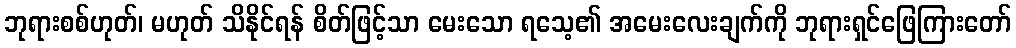
ဘုရားစစ်ဟုတ်၊ မဟုတ် သိနိုင်ရန် စိတ်ဖြင့်သာ မေးသော ရသေ့၏ အမေးလေးချက်ကို ဘုရားရှင်ဖြေကြားတော်